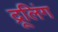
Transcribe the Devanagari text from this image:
द्रूलिंग